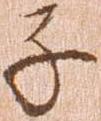
子